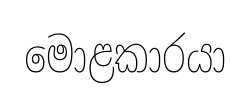
මොළකාරයා